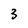
Character: 3